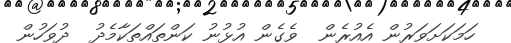
ހަމަކަށަވަރުން އެއުރެން  ވެގެން އުޅުނު ކަންތައްތަކާމެދު  ދުވަހުން